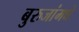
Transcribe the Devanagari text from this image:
बुरुजांमधे